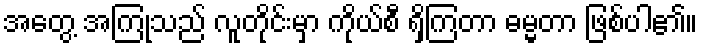
အတွေ့ အကြုံသည် လူတိုင်းမှာ ကိုယ်စီ ရှိကြတာ ဓမ္မတာ ဖြစ်ပါ၏။